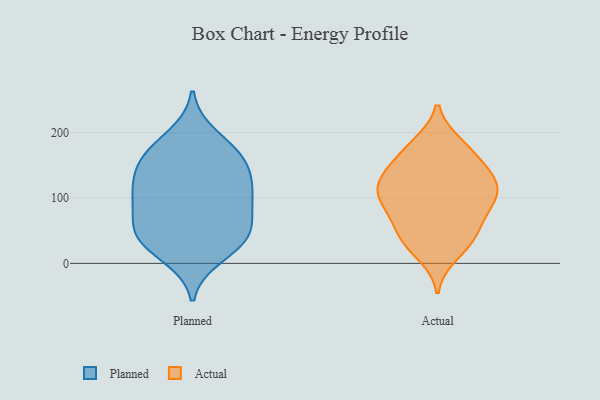
{"axis": {"x": "Operating Costs (USD K)", "y": "Value"}, "legend": ["Actual", "Planned"], "data": [{"x": "", "y": 43, "type": "Planned"}, {"x": "", "y": 104, "type": "Planned"}, {"x": "", "y": 160, "type": "Planned"}, {"x": "", "y": 148, "type": "Planned"}, {"x": "", "y": 51, "type": "Planned"}, {"x": "", "y": 36, "type": "Planned"}, {"x": "", "y": 109, "type": "Planned"}, {"x": "", "y": 120, "type": "Planned"}, {"x": "", "y": 85, "type": "Planned"}, {"x": "", "y": 32, "type": "Planned"}, {"x": "", "y": 194, "type": "Planned"}, {"x": "", "y": 56, "type": "Planned"}, {"x": "", "y": 167, "type": "Planned"}, {"x": "", "y": 12, "type": "Planned"}, {"x": "", "y": 161, "type": "Planned"}, {"x": "", "y": 105, "type": "Planned"}, {"x": "", "y": 92, "type": "Actual"}, {"x": "", "y": 38, "type": "Actual"}, {"x": "", "y": 135, "type": "Actual"}, {"x": "", "y": 175, "type": "Actual"}, {"x": "", "y": 182, "type": "Actual"}, {"x": "", "y": 104, "type": "Actual"}, {"x": "", "y": 72, "type": "Actual"}, {"x": "", "y": 125, "type": "Actual"}, {"x": "", "y": 99, "type": "Actual"}, {"x": "", "y": 143, "type": "Actual"}, {"x": "", "y": 58, "type": "Actual"}, {"x": "", "y": 34, "type": "Actual"}, {"x": "", "y": 118, "type": "Actual"}, {"x": "", "y": 142, "type": "Actual"}, {"x": "", "y": 114, "type": "Actual"}, {"x": "", "y": 90, "type": "Actual"}, {"x": "", "y": 39, "type": "Actual"}, {"x": "", "y": 14, "type": "Actual"}, {"x": "", "y": 175, "type": "Actual"}]}